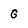
Character: G